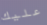
عليك